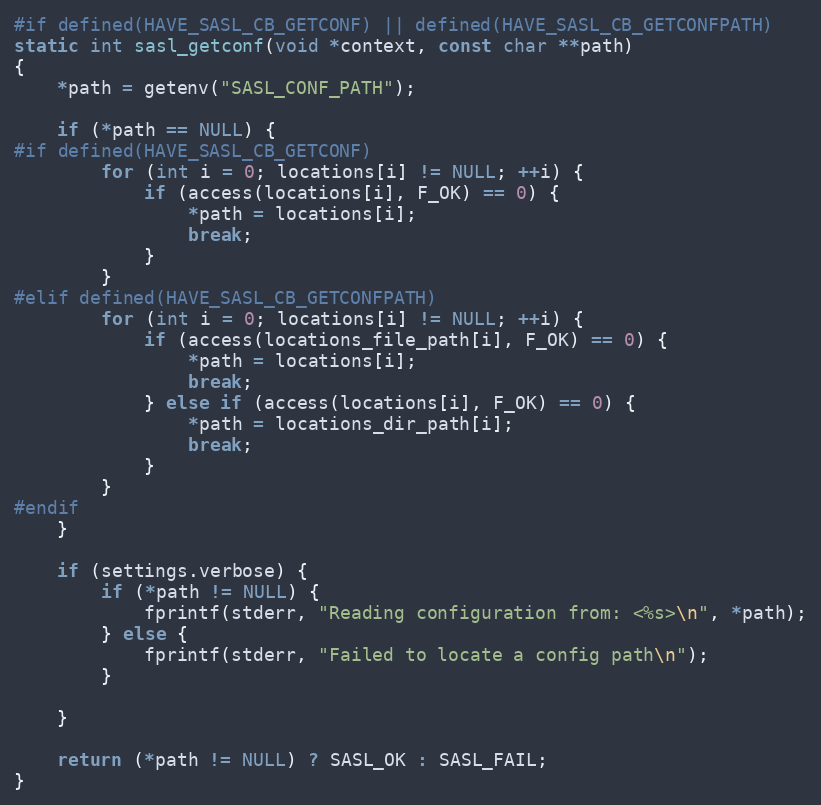
Language: C
#if defined(HAVE_SASL_CB_GETCONF) || defined(HAVE_SASL_CB_GETCONFPATH)
static int sasl_getconf(void *context, const char **path)
{
    *path = getenv("SASL_CONF_PATH");

    if (*path == NULL) {
#if defined(HAVE_SASL_CB_GETCONF)
        for (int i = 0; locations[i] != NULL; ++i) {
            if (access(locations[i], F_OK) == 0) {
                *path = locations[i];
                break;
            }
        }
#elif defined(HAVE_SASL_CB_GETCONFPATH)
        for (int i = 0; locations[i] != NULL; ++i) {
            if (access(locations_file_path[i], F_OK) == 0) {
                *path = locations[i];
                break;
            } else if (access(locations[i], F_OK) == 0) {
                *path = locations_dir_path[i];
                break;
            }
        }
#endif
    }

    if (settings.verbose) {
        if (*path != NULL) {
            fprintf(stderr, "Reading configuration from: <%s>\n", *path);
        } else {
            fprintf(stderr, "Failed to locate a config path\n");
        }

    }

    return (*path != NULL) ? SASL_OK : SASL_FAIL;
}